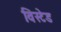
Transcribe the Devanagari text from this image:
विस्टेड